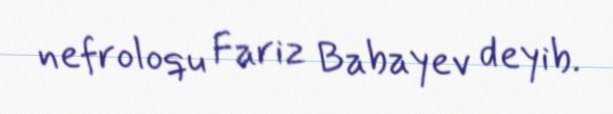
nefroloqu Fariz Babayev deyib.